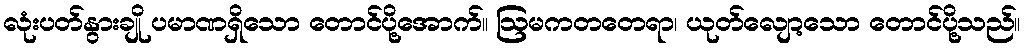
လုံးပတ်နွားချို ပမာဏရှိသော တောင်ပို့အောက်။ ဩမကတတေရာ၊ ယုတ်လျော့သော တောင်ပို့သည်။